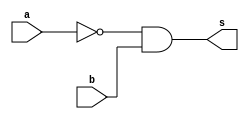
// ----------------------------------------------------------------------------
/**
 Exemplo_0500 - GATES
 Nome: Gabriel Vargas Bento de Souza
 Matricula: 778023
 */
// ----------------------------------------------------------------------------
/*
 f5_gate
 m a b s
 0 0 0 0
 1 0 1 1 <- a'.b
 2 1 0 0
 3 1 1 0
*/
// ----------------------------------------------------------------------------
module f5a (output s,
            input  a,
            input  b);

 // definir dado local
    wire not_a;

 // descrever por portas
    not NOT1 (not_a, a);
    and AND1 (s, not_a, b);
endmodule // f5a
// ----------------------------------------------------------------------------
/*
 f5_gate
 m a b s
 0 0 0 0
 1 0 1 1 <- a'.b
 2 1 0 0
 3 1 1 0
*/
// ----------------------------------------------------------------------------
module f5b (output s,
            input  a,
            input  b);

 // descrever por expressao
    assign s = ~a & b;
endmodule // f5b

module test_f5;
// -------------------------------------------------------------- definir dados
    reg x; reg y;
    wire a, b;

    f5a moduloA (a, x, y);
    f5b moduloB (b, x, y);
// ------------------------------------------------------------ parte principal
initial
 begin : main
   $display("Exemplo_0500 - Gabriel Vargas Bento de Souza - 778023");
   $display("Test module");
   $display(" x  y  a  b");
 
   // projetar testes do modulo
   $monitor("%2b %2b %2b %2b", x, y, a, b);
      x = 1'b0; y = 1'b0;
   #1 x = 1'b0; y = 1'b1;
   #1 x = 1'b1; y = 1'b0;
   #1 x = 1'b1; y = 1'b1;
 end
endmodule // test_f5

// --------------------------------------------------------------------- testes
/*
C:\Users\Gabriel\Desktop\CC-PUC\2Periodo\ARQ1\Tarefas\Guia05>vvp Exemplo_0500.vvp
Exemplo_0500 - Gabriel Vargas Bento de Souza - 778023
Test module
 x  y  a  b
 0  0  0  0
 0  1  1  1
 1  0  0  0
 1  1  0  0
*/